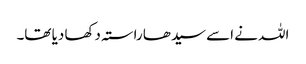
اللہ نے اسے سیدھا راستہ دکھا دیا تھا۔